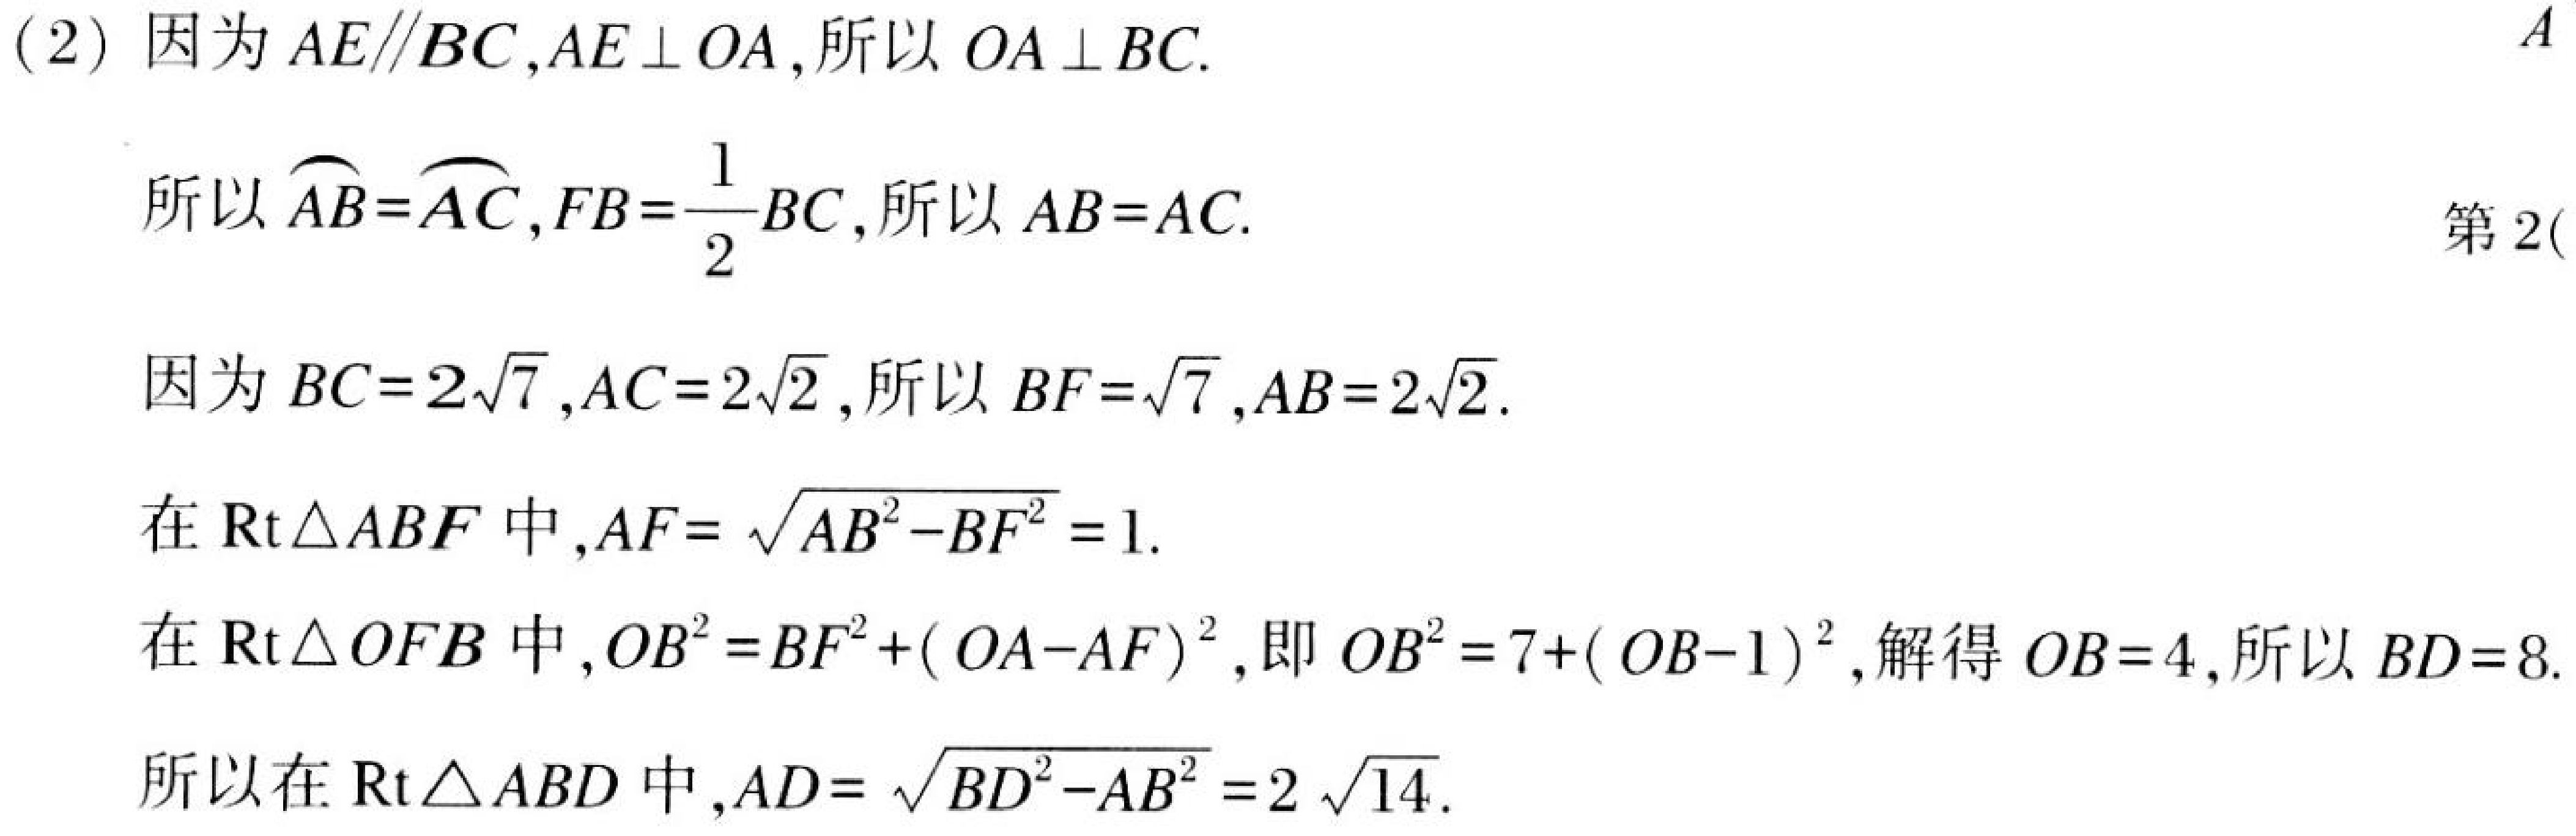
(2) 因为 \(AE\parallel BC\)，\(AE\perp OA\)，所以 \(OA\perp BC\).
所以 \(\overset{\frown}{AB}=\overset{\frown}{AC}\)，\(FB = \frac{1}{2}BC\)，所以 \(AB = AC\).
因为 \(BC = 2\sqrt{7}\)，\(AC = 2\sqrt{2}\)，所以 \(BF=\sqrt{7}\)，\(AB = 2\sqrt{2}\).
在 \(\text{Rt}\triangle ABF\) 中，\(AF=\sqrt{AB^{2}-BF^{2}} = 1\).
在 \(\text{Rt}\triangle OFB\) 中，\(OB^{2}=BF^{2}+(OA - AF)^{2}\)，即 \(OB^{2}=7+(OB - 1)^{2}\)，解得 \(OB = 4\)，所以 \(BD = 8\).
所以在 \(\text{Rt}\triangle ABD\) 中，\(AD=\sqrt{BD^{2}-AB^{2}}=2\sqrt{14}\).